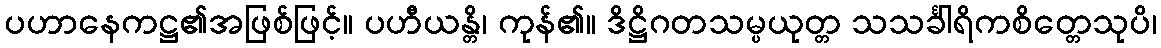
ပဟာနေကဋ္ဌ၏အဖြစ်ဖြင့်။ ပဟီယန္တိ၊ ကုန်၏။ ဒိဋ္ဌိဂတသမ္ပယုတ္တ သသင်္ခါရိကစိတ္တေသုပိ၊